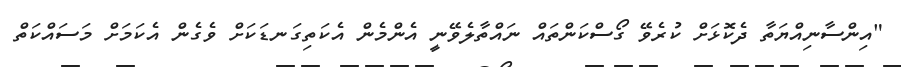
"އިންސާނިއްޔަތާ ދެކޮޅަށް ކުރެވޭ ގޯސްކަންތައް ނައްތާލެވޭނީ އެންމެން އެކަތިގަނޑަކަށް ވެގެން އެކަމަށް މަސައްކަތް